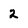
Character: 2